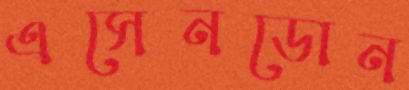
এসেনডোন